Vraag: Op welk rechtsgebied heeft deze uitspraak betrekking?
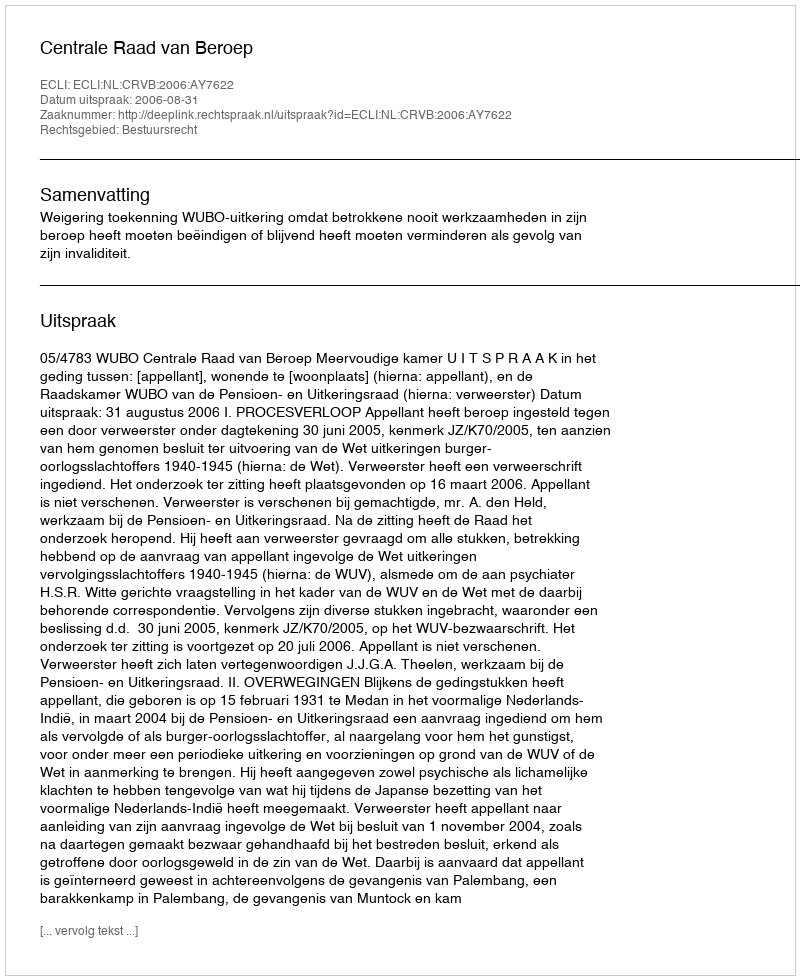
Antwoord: Bestuursrecht